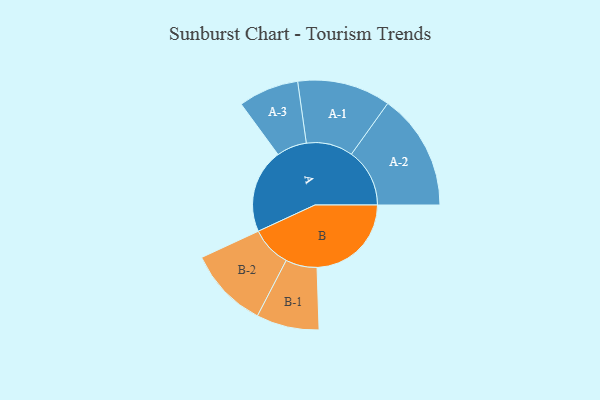
{"axis": {"x": "Segment", "y": "Value"}, "legend": ["", "A", "B"], "data": [{"x": "A", "y": 429, "type": ""}, {"x": "B", "y": 481, "type": ""}, {"x": "A-1", "y": 238, "type": "A"}, {"x": "A-2", "y": 297, "type": "A"}, {"x": "A-3", "y": 154, "type": "A"}, {"x": "B-1", "y": 160, "type": "B"}, {"x": "B-2", "y": 206, "type": "B"}]}